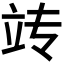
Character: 𫁟